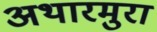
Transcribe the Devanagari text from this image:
अथारमुरा